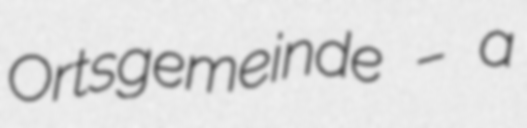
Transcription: Ortsgemeinde – a